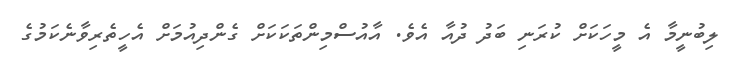
ލިބުނީމާ އެ މީހަކަށް ކުރަނި ބަދު ދުއާ އެވެ. އާއުސްމިންތަކަކަށް ގެންދިއުމަށް އެހީތެރިވާނެކަމުގެ